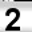
Digit: 2